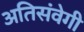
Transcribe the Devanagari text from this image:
अतिसंवेगी